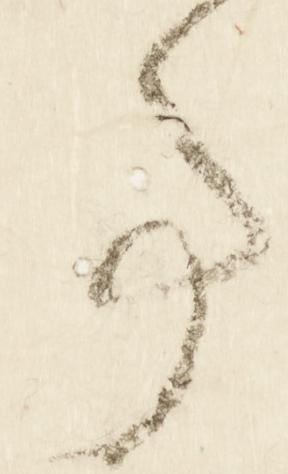
事